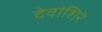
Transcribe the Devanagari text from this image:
देवांशिरे